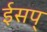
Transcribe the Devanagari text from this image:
ईसप्